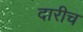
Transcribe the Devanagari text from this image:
दारीच